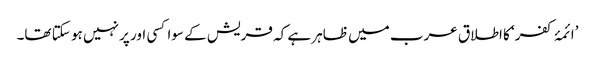
’ائمۂ کفر‘ کا اطلاق عرب میں ظاہر ہے کہ قریش کے سوا کسی اور پر نہیں ہو سکتا تھا۔